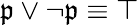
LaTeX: \mathfrak{p}\vee\neg\mathfrak{p}\equiv\top